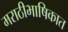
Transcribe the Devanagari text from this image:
मराठीभाषिकात